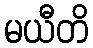
မယီတိ